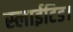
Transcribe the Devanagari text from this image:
स्लाईटिड।